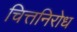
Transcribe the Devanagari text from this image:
चित्तनिरोध